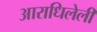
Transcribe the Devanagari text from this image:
आराधिलेली